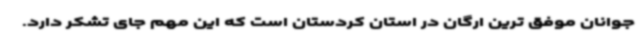
جوانان موفق ترین ارگان در استان کردستان است که این مهم جای تشکر دارد.